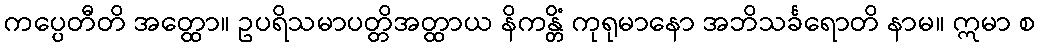
ကပ္ပေတီတိ အတ္ထော။ ဥပရိသမာပတ္တိအတ္ထာယ နိကန္တိံ ကုရုမာနော အဘိသင်္ခရောတိ နာမ။ ဣမာ စ